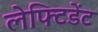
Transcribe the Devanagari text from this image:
लेफ्टिडेंट